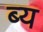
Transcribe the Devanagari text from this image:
ब्य